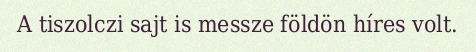
A tiszolczi sajt is messze földön híres volt.